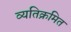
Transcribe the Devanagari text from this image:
व्यतिक्रमित